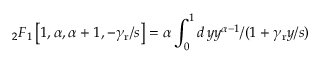
_ 2 F _ { 1 } \left[ 1 , \alpha , \alpha + 1 , - \gamma _ { \mathrm { r } } / s \right] = \alpha \int _ { 0 } ^ { 1 } d \, y y ^ { \alpha - 1 } / ( 1 + \gamma _ { \mathrm { r } } y / s )